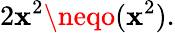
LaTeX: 2\mathbf{x}^{2}\neqo(\mathbf{x}^{2}).